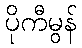
ပိုကီမွန်